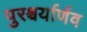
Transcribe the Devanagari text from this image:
पुरश्चर्यार्णव